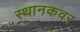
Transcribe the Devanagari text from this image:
स्थानकवर